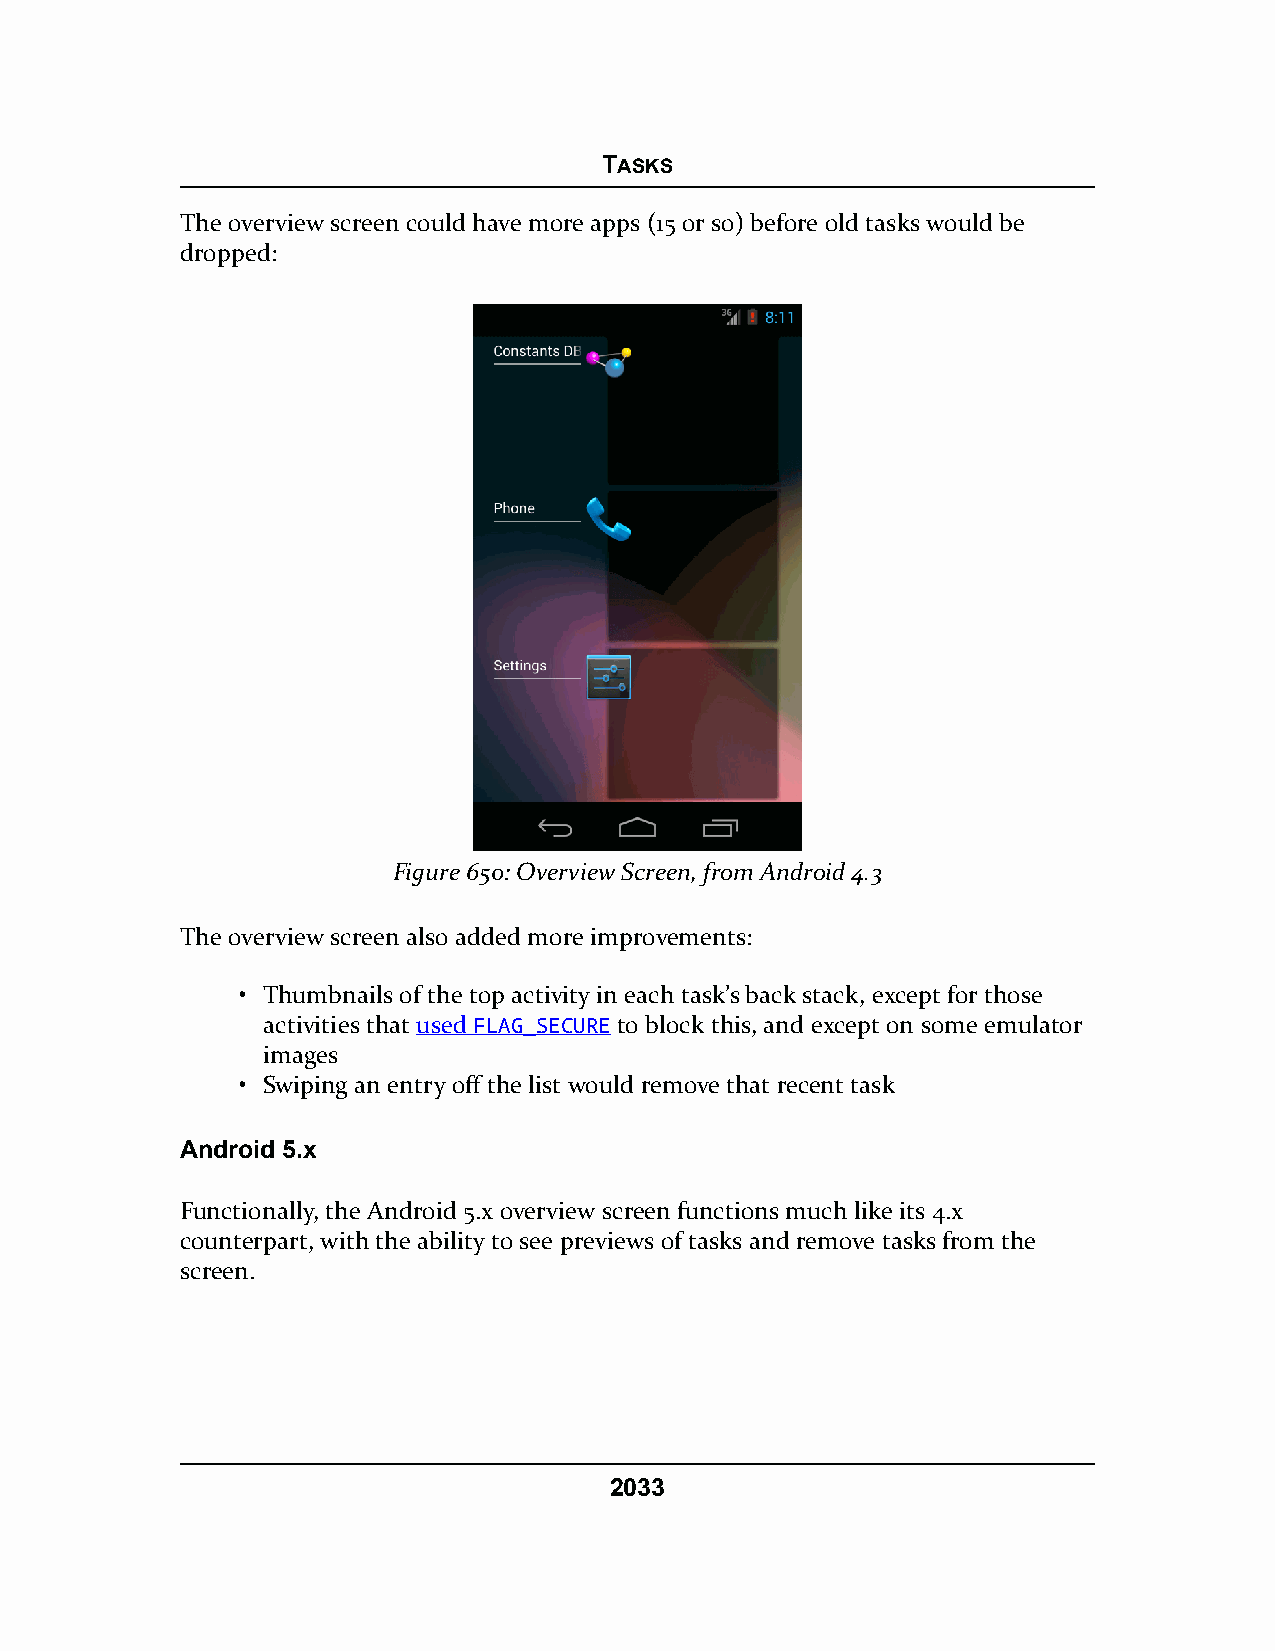
TASKS
 The overview screen could have more apps (15 or so) before old tasks would be
 dropped:
 Figure 650: Overview Screen, from Android 4.3
 The overview screen also added more improvements:
 • Thumbnails of the top activity in each task’s back stack, except for those
 activities that used FLAG_SECURE to block this, and except on some emulator
 images
 • Swiping an entry off the list would remove that recent task
 Android 5.x
 Functionally, the Android 5.x overview screen functions much like its 4.x
 counterpart, with the ability to see previews of tasks and remove tasks from the
 screen.
 2033